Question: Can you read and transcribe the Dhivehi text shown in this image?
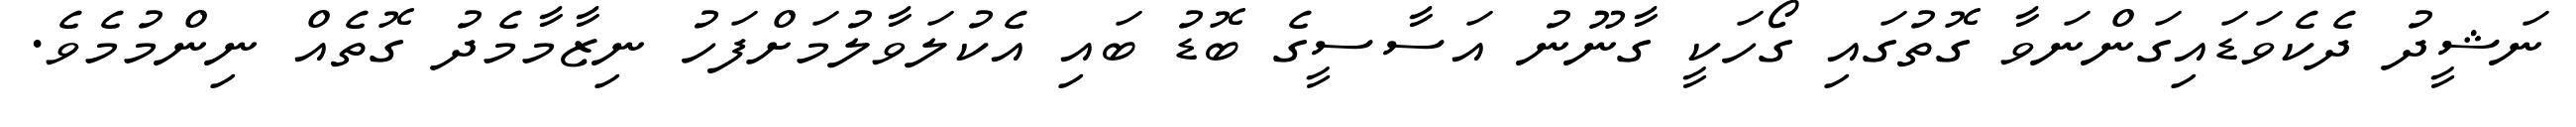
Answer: ނަޝީދު ދެކެވަޑައިގަންނަވާ ގޮތުގައި ގޯހަކީ ގާނޫނު އަސާސީގެ ބޮޑު ބައި އެކުލަވާލުމަށްފަހު ނިޒާމާމެދު ގޮތެއް ނިންމުމެވެ.